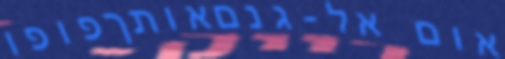
אום אל-גנםאותךפופו